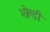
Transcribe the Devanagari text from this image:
भोल्डी